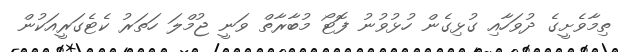
ތިމާވެށީގެ ދުވަހާއި ގުޅިގެން ހުޅުވުނު ފޮޓޯ މުބާރާތް ވަނީ ޖުމްލަ ހަތަރު ކެޓެގަރީއަކުން